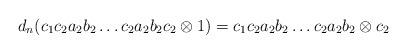
LaTeX: \begin{align*}d_n(c_1c_2a_2b_2 \dots c_2a_2b_2c_2 \otimes 1) = c_1c_2a_2b_2 \dots c_2a_2b_2 \otimes c_2\end{align*}